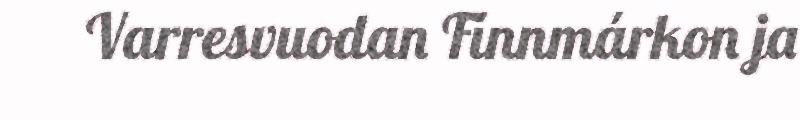
Varresvuodan Finnmárkon ja